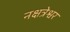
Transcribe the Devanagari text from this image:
नक्षत्रेश्वर